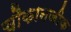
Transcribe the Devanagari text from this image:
चौकानजीक